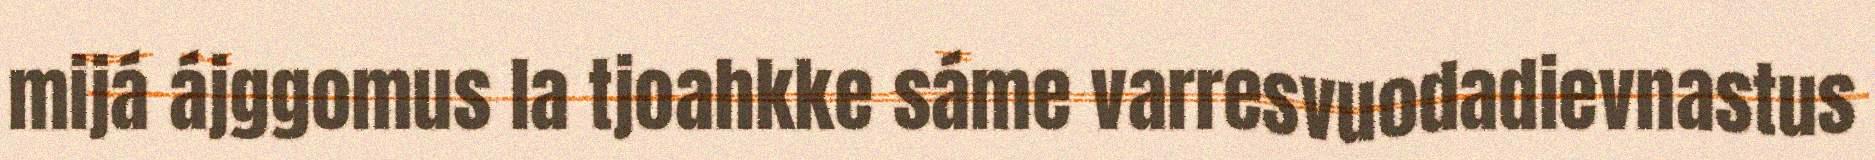
mijá ájggomus la tjoahkke sáme varresvuodadievnastus